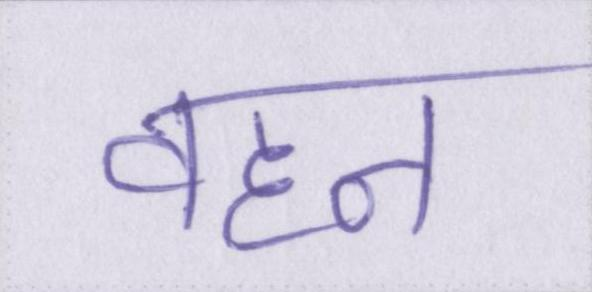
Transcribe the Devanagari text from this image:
वहन